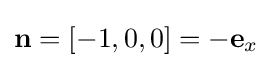
\mathbf {n} =[-1,0,0]=-\mathbf {e} _{x}